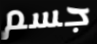
جسم